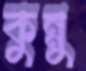
কুন্নু